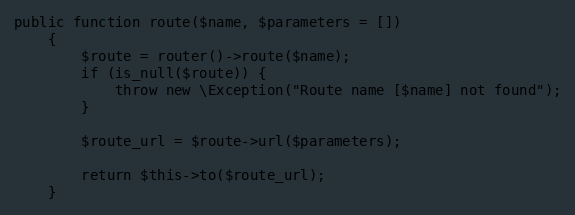
Language: PHP
public function route($name, $parameters = [])
    {
        $route = router()->route($name);
        if (is_null($route)) {
            throw new \Exception("Route name [$name] not found");
        }

        $route_url = $route->url($parameters);

        return $this->to($route_url);
    }